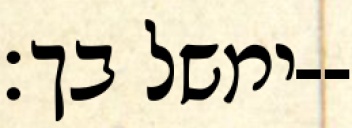
ימשל בך׃--